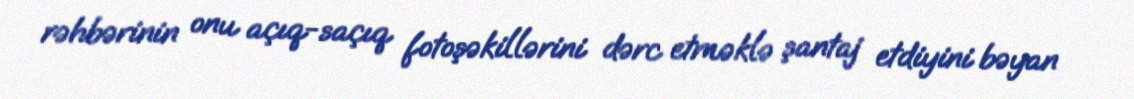
rəhbərinin onu açıq-saçıq fotoşəkillərini dərc etməklə şantaj etdiyini bəyan